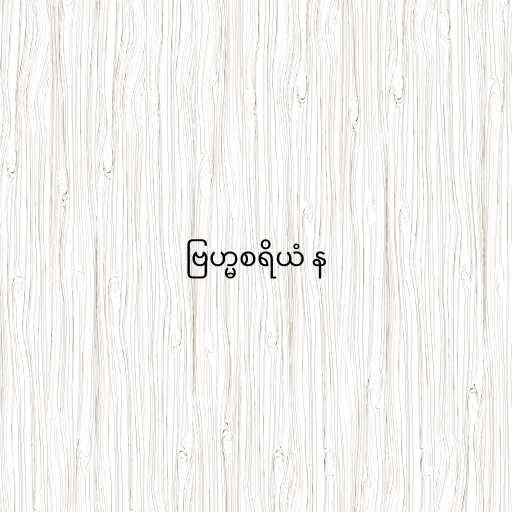
ဗြဟ္မစရိယံ န